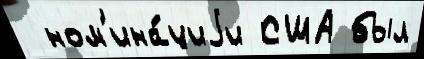
 ном'ина́циjи США был